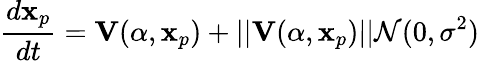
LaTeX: \frac{d\mathbf{x}_{p}}{dt}=\mathbf{V}(\alpha,\mathbf{x}_{p})+||\mathbf{V}(\alpha,\mathbf{x}_{p})||\mathcal{N}(0,\sigma^{2})